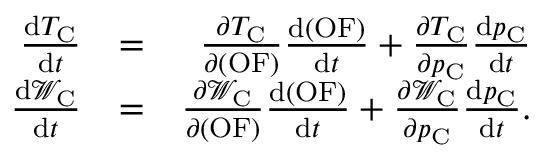
\begin{array} { r l r } { \frac { \mathrm { d } T _ { \mathrm { C } } } { \mathrm { d } t } } & { = } & { \frac { \partial T _ { \mathrm { C } } } { \partial ( \mathrm { O F } ) } \frac { \mathrm { d } ( \mathrm { O F } ) } { \mathrm { d } t } + \frac { \partial T _ { \mathrm { C } } } { \partial p _ { \mathrm { C } } } \frac { \mathrm { d } p _ { \mathrm { C } } } { \mathrm { d } t } } \\ { \frac { \mathrm { d } \mathcal { W } _ { \mathrm { C } } } { \mathrm { d } t } } & { = } & { \frac { \partial \mathcal { W } _ { \mathrm { C } } } { \partial ( \mathrm { O F } ) } \frac { \mathrm { d } ( \mathrm { O F } ) } { \mathrm { d } t } + \frac { \partial \mathcal { W } _ { \mathrm { C } } } { \partial p _ { \mathrm { C } } } \frac { \mathrm { d } p _ { \mathrm { C } } } { \mathrm { d } t } . } \end{array}